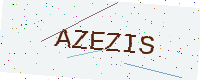
Text: AZEZIS